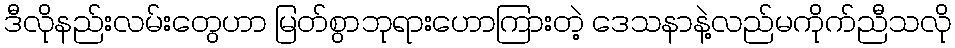
ဒီလိုနည်းလမ်းတွေဟာ မြတ်စွာဘုရားဟောကြားတဲ့ ဒေသနာနဲ့လည်မကိုက်ညီသလို